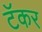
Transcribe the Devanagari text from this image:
टॅकर